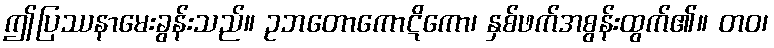
ဤပြဿနာမေးခွန်းသည်။ ဥဘတောကောဋိကော၊ နှစ်ဖက်အစွန်းထွက်၏။ တဝ၊